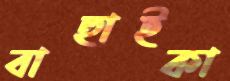
বাছাইকা